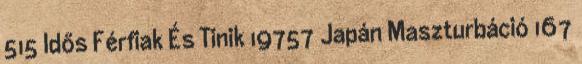
515 Idős Férfiak És Tinik 19757 Japán Maszturbáció 167